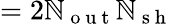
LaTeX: =2\mathbb{N}_{\mathrm{{~o~u~t~}}}\mathbb{N}_{\mathrm{{~s~h~}}}